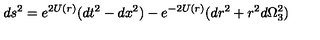
d s ^ { 2 } = e ^ { 2 U ( r ) } ( d t ^ { 2 } - d x ^ { 2 } ) - e ^ { - 2 U ( r ) } ( d r ^ { 2 } + r ^ { 2 } d \Omega _ { 3 } ^ { 2 } )